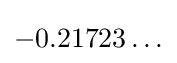
-0.21723\ldots